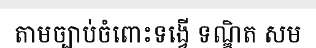
តាមច្បាប់ចំពោះទង្វើ ទណ្ឌិត សម